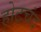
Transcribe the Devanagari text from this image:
होटचंद